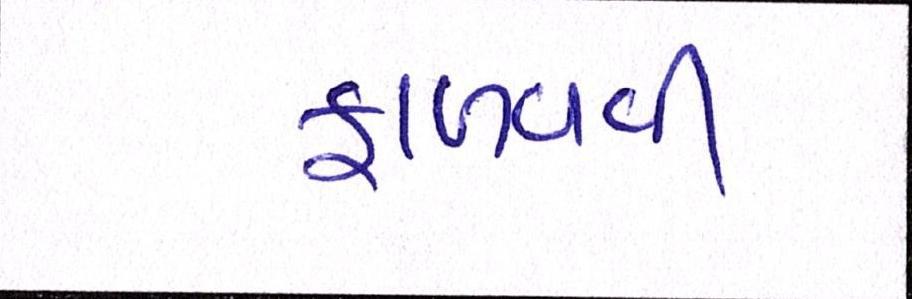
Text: ફાળવવી